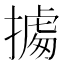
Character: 㩀